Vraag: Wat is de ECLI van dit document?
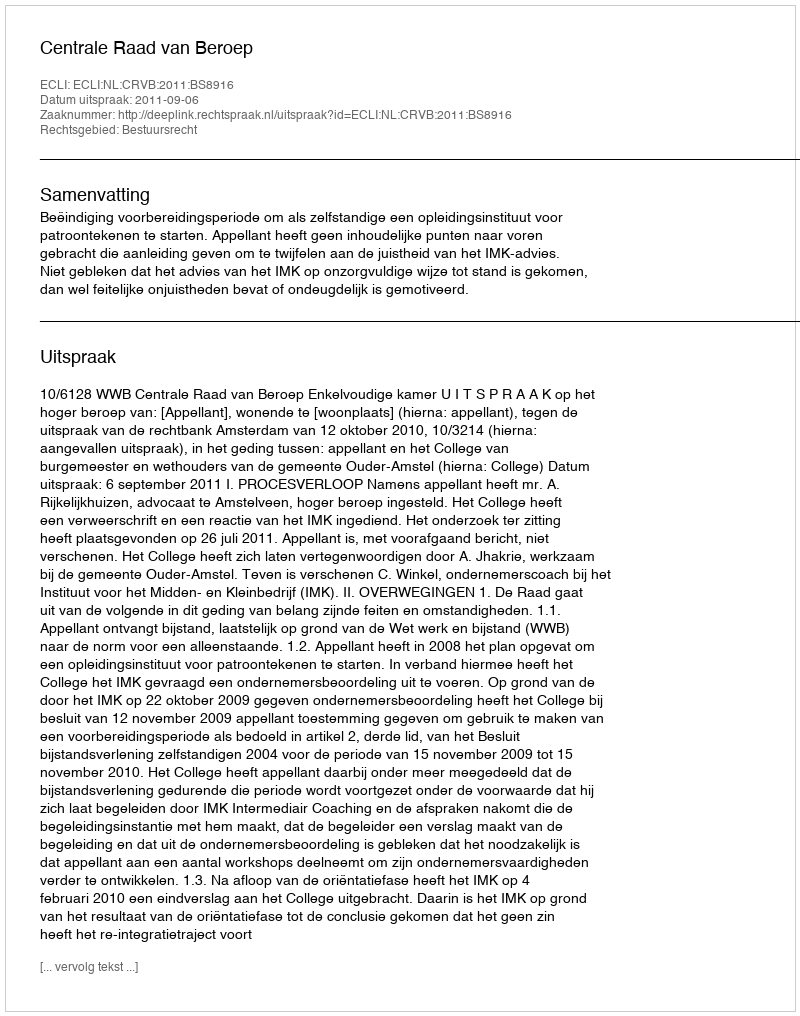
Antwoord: ECLI:NL:CRVB:2011:BS8916